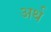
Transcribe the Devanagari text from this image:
अर्थ